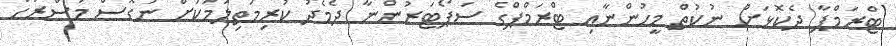
ޓްރަމްޕާ ދެކޮޅަށް ނުކުތް މީހުންނާއި ޓްރަމްޕްގެ ސަޕޯޓަރުންނާ ދެމެދު ކުރިމަތިލުމަކަށް ނުގޮސް މަސްރަހް